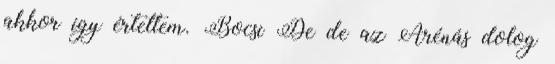
akkor így értettem. Bocsi De de az Arénás dolog